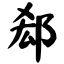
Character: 郄